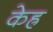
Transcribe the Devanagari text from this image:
केह्र